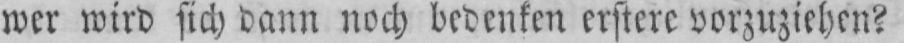
wer wird sich dann noch bedenken erstere vorzuziehen?